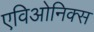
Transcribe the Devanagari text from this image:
एविओनिक्स